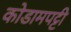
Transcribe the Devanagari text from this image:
कोडामपट्टी